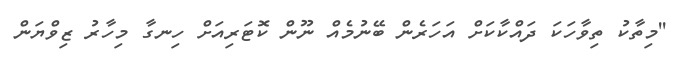
''މިތާކު ތިވާހަކަ ދައްކާކަށް އަހަރެން ބޭނުމެއް ނޫން ކޮޓަރިއަށް ހިނގާ މިހާރު ޒިވްޔަން